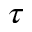
\tau